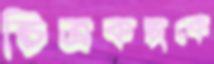
চিত্রকল্পকে